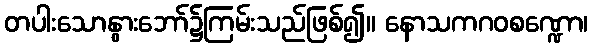
တပါးသောနွားဘော်၌ကြမ်းသည်ဖြစ်၍။ နောသကဂဝစဏ္ဍော၊